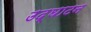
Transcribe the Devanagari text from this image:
उद्‌घाटन